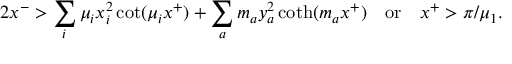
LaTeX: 2 x ^ { - } > \sum _ { i } \mu _ { i } x _ { i } ^ { 2 } \cot ( \mu _ { i } x ^ { + } ) + \sum _ { a } m _ { a } y _ { a } ^ { 2 } \coth ( m _ { a } x ^ { + } ) \quad \mathrm { o r } \quad x ^ { + } > \pi / \mu _ { 1 } .